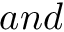
a n d